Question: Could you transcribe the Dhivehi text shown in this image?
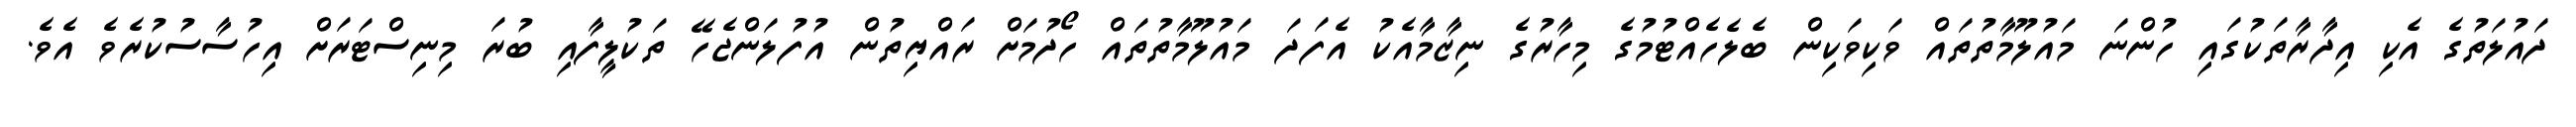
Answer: ދައުލަތުގެ އެކި އިދާރާތަކުގައި ހުންނަ މައުލޫމާތުތައް ވަކިވަކިން ބެލެހެއްޓުމުގެ މިހާރުގެ ނިޒާމާއެކު އެފަދަ މައުލޫމާތުތައް ހޯދުމަށް ރައްޔިތުން އުފުލަންޖެހޭ ތަކުލީފާއި ބުރަ މިނިސްޓަރަށް އިހުސާސުކުރެވެ އެވެ.